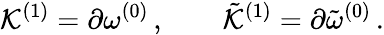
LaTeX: {\cal\mathcal{K}}^{(1)}=\partial\omega^{(0)}\, ,\qquad{\tilde{{\cal\mathcal{K}}}}^{(1)}=\partial{\tilde{{\omega}}}^{(0)}\, .